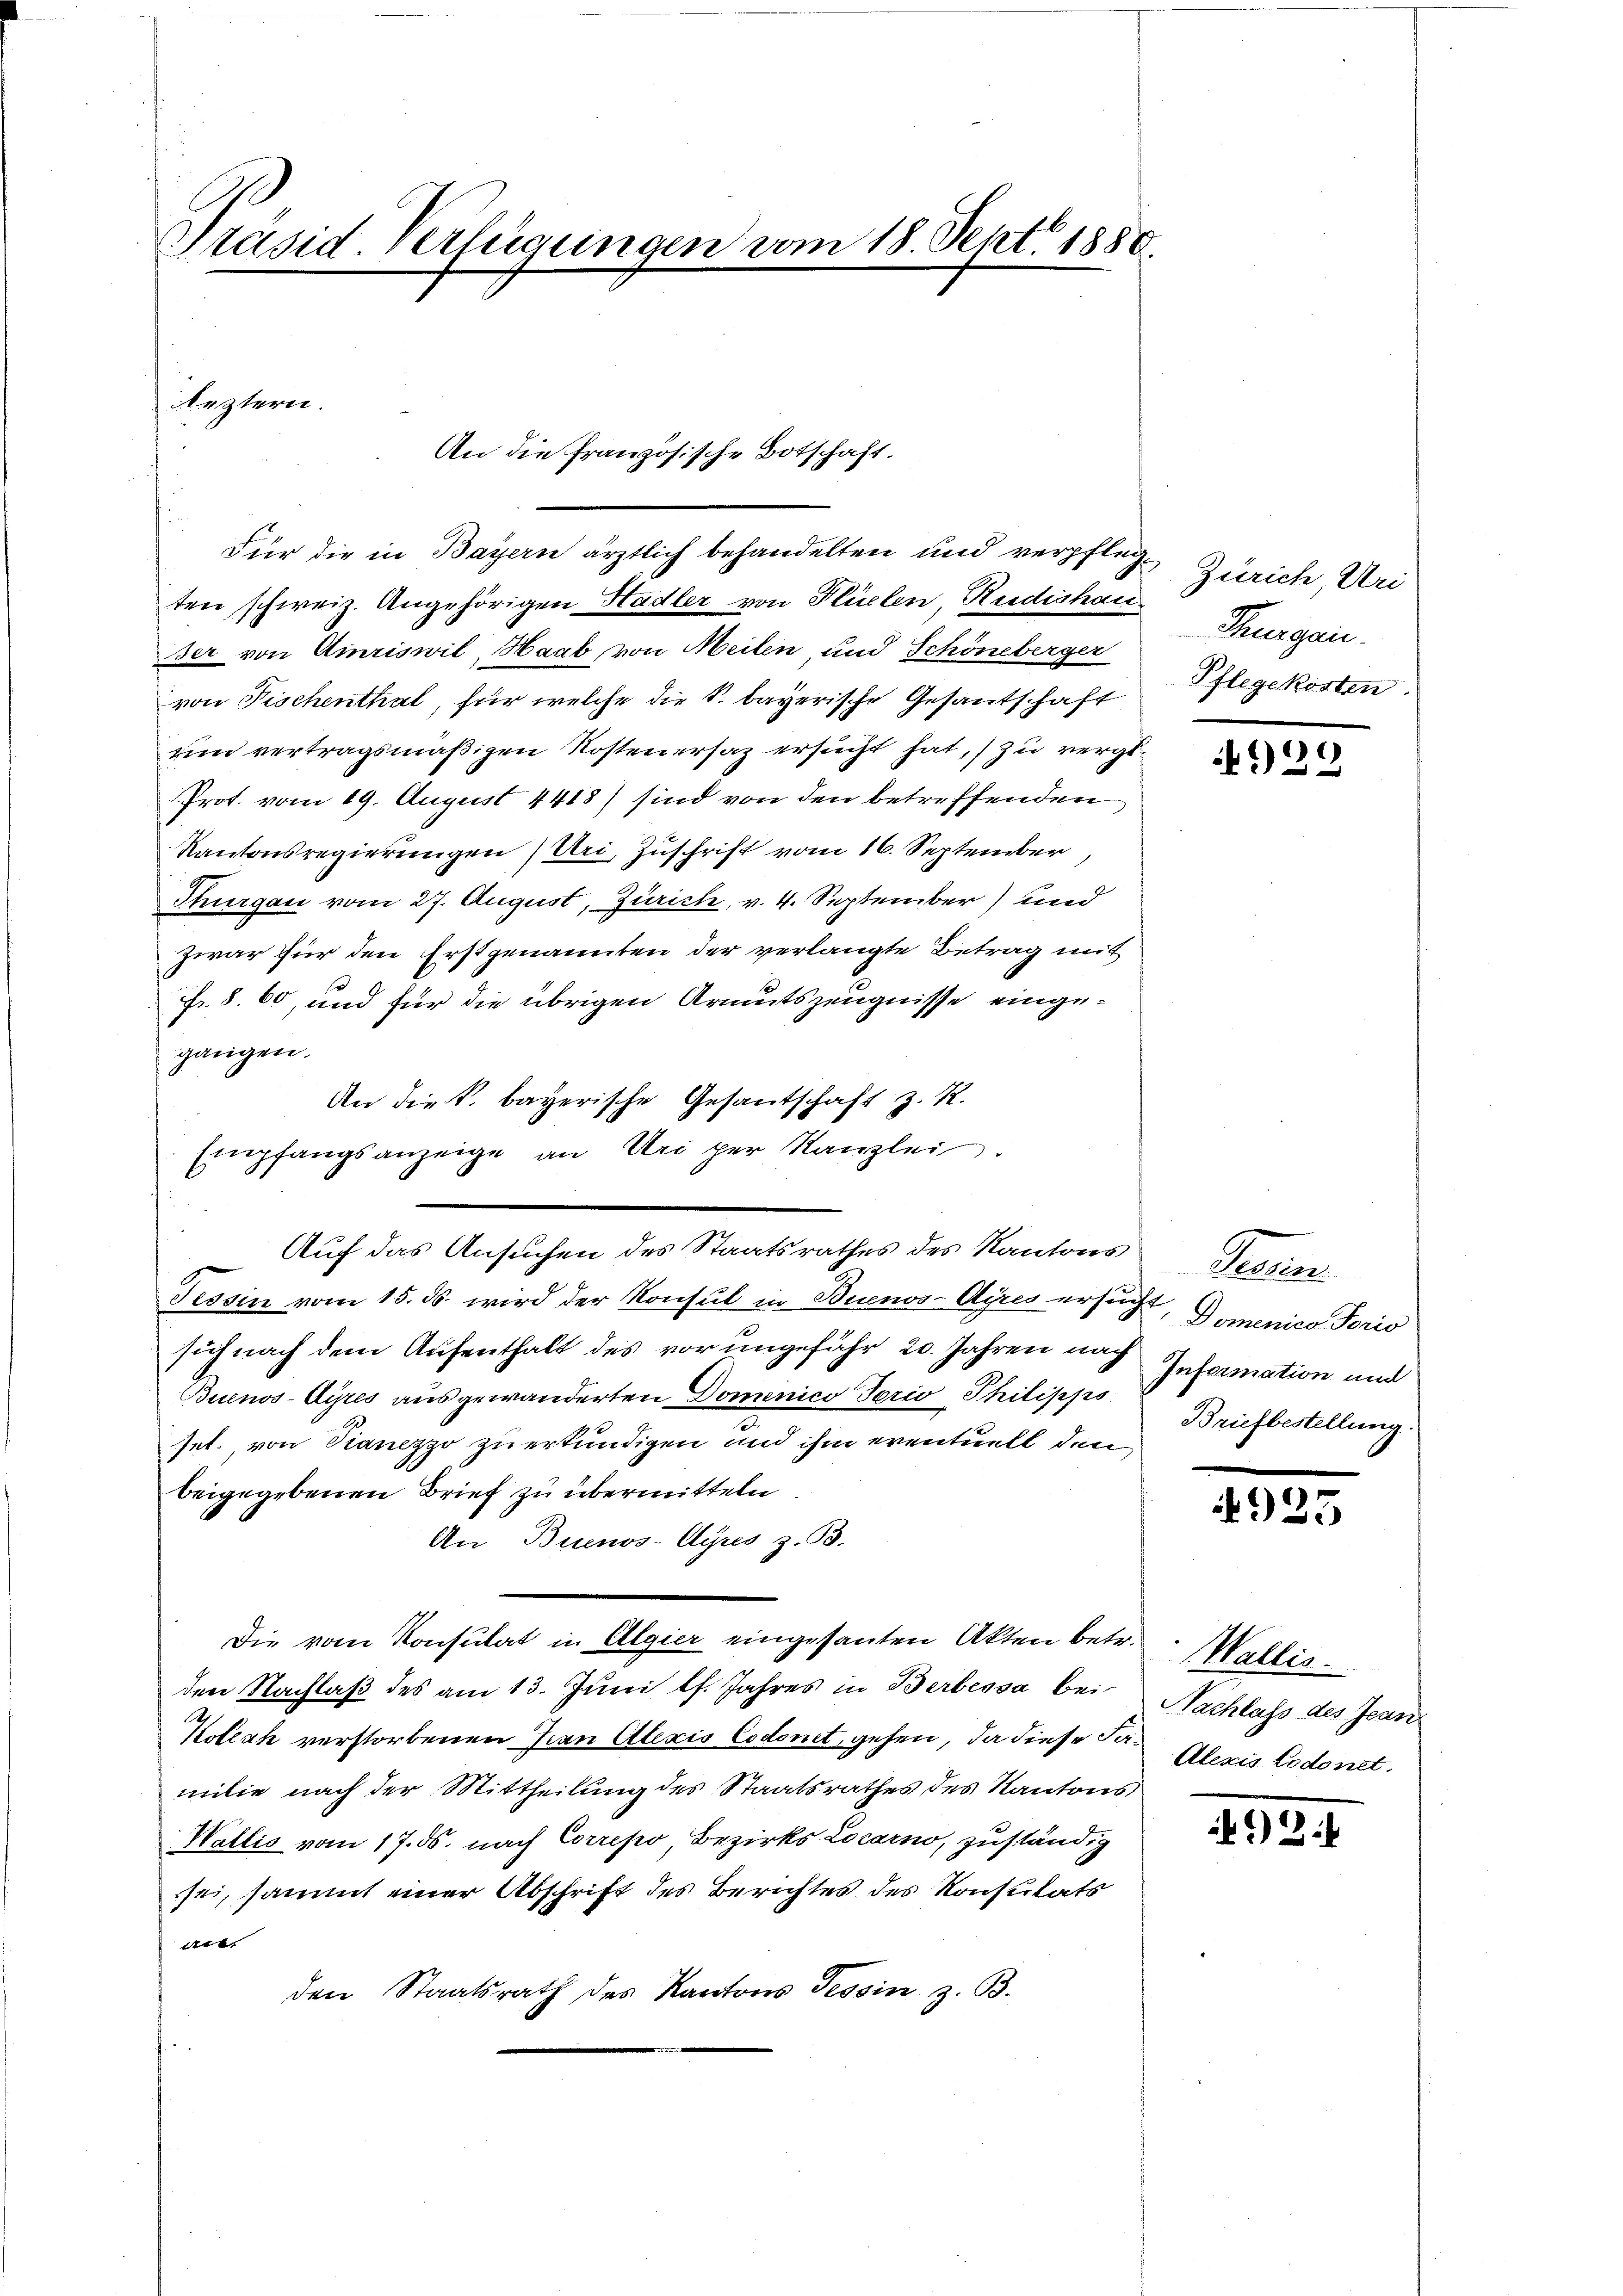
Präsid Verfügungen vom 18. Sept. 1880.

eztern.
Für die in Bayern ärztlich behandelten und verpfleg¬

ten schweiz. Angehörigen Hadler von Flüelen, Rudishau
ser von Ainriswil, Haab, von Meilen und Schöneberger
von Fischenthal, für welche die k. bayerische Gesantschaft
un vertragsmäßigen Kosten ersaz ersucht hat, zu verge¬
Prot. vom 19. August 4418) sind von den betreffenden
Kantonsregierungen (Uri, Zuschrift vom 16. September
Thurgau vom 27. August, Zürich, v. 4. September) und
zwar für den Erstgenannten der verlangte Betrag mit
fr. 8. 60, und für die übrigen Armutszeugnisse eingegangen.
An die k. bayerische Gesantschaft z. R.
Empfangsanzeige an Uri per Kanzlei.
Tessin vom 15. ds. wird der Konsul in Buenos-Ayres ersucht, Domenico Porio
sich nach dem Aufenthalt des vor ungefähr 20. Jahren nach
Buenos-Ayres ausgewanderten Domenico Jorio Philipps
set, von Vianezzo zu erkundigen und ihm eventuell den
beigegebenen Brief zu übermitteln.
An Buenos-Ayres z. B.
Die vom Konsulat in Algier eingesanten Akten betr. Wallis
den Nachlaß des am 13. Juni lf. Jahres in Berbessa bei
Koleck verstorbenen Juan Alexis Codomt, gehen, da diese Familie nach der Mittheilung des Staatsrathes des Kantons
Wallis vom 17. ds. nach Correso Bezirks Locarno, zuständig
sei, sammt einer Abschrift des Berichtes des Konsulats
Arb.
den Staatsrath des Kantons Tessin z. B.

An die französische Botschaft.

Auf das Ansuchen des Staatsrathes des Kantons

Zürich, Uri
Thurgau.
Pflegekosten.

929

Feuern
Information und
Briefbestellung.

4925

Nachlass des Jean
Alexis todonet.

92.